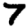
Digit: 7